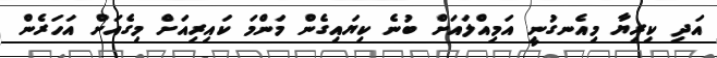
އަދި ކިރިޔާ މިއެނގުނީ އަމިއްލައަށް ބުނެ ކިޔައިގެން މަންމަ ކައިރިއަށް މިގެއަށް އަހަރެން